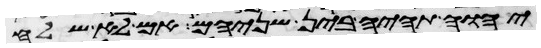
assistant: יהוה תהיה בין שניהם אם לא שלח